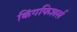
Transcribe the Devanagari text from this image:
किंगफिशर्स